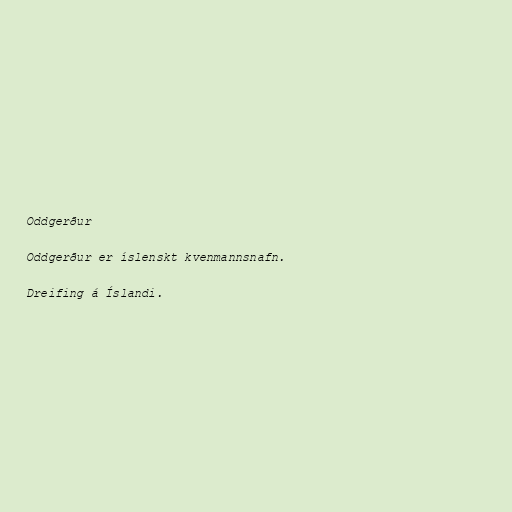
Oddgerður

Oddgerður er íslenskt kvenmannsnafn.

Dreifing á Íslandi.